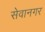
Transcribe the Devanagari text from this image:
सेवानगर